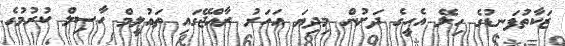
ޒަކާތުފަނޑުގެ ހިލޭ އެހީގެ ދަށުން މިދިޔަ އަހަރު ރާއްޖޭގައި ތައުލީމް ހާސިލް ކުރުމުގެ